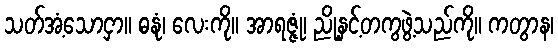
သတ်အံ့သောငှာ။ ဓနုံ၊ လေးကို။ အာရဇ္ဇုံ၊ ညို့နှင့်တကွဖွဲ့သည်ကို။ ကတွာန၊